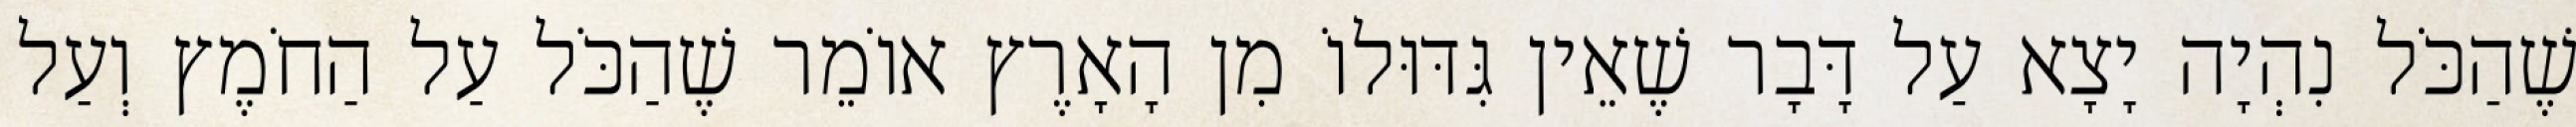
שֶׁהַכֹּל נִהְיָה יָצָא עַל דָּבָר שֶׁאֵין גִּדּוּלוֹ מִן הָאָרֶץ אוֹמֵר שֶׁהַכֹּל עַל הַחֹמֶץ וְעַל